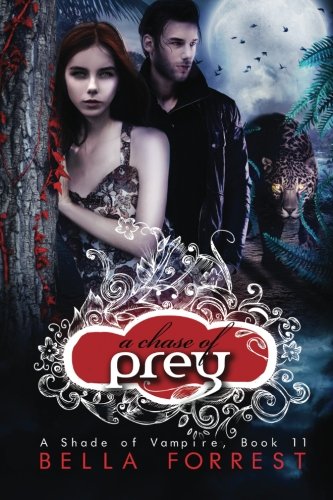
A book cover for A Shade of Vampire 11: A Chase of Prey (Volume 11); Bella Forrest; Romance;